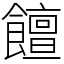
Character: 饘